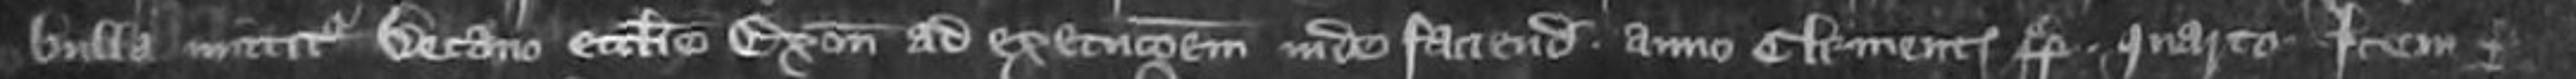
bulla mittitur Decano ecclesie Exonie ad executionem inde faciendum anno Clementis pape quarto Item